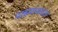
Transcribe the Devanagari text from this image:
माझ्याकरता